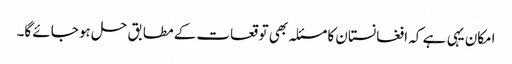
امکان یہی ہے کہ افغانستان کا مسئلہ بھی توقعات کے مطابق حل ہو جائے گا۔